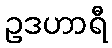
ဥဒဟာရီ